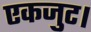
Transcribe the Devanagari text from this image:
एकजुट।